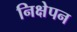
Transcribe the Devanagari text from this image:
निक्षेपन